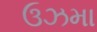
ઉઝમા